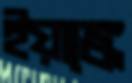
ইয়াঙ্কে